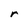
Character: r